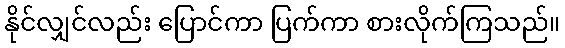
နိုင်လျှင်လည်း ပြောင်ကာ ပြက်ကာ စားလိုက်ကြသည်။